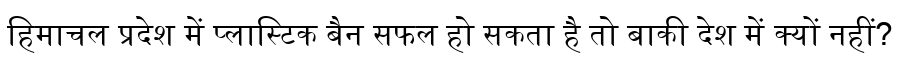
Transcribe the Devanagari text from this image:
हिमाचल प्रदेश में प्लास्टिक बैन सफल हो सकता है तो बाकी देश में क्यों नहीं?